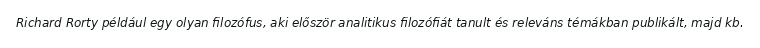
Richard Rorty például egy olyan filozófus, aki először analitikus filozófiát tanult és releváns témákban publikált, majd kb.